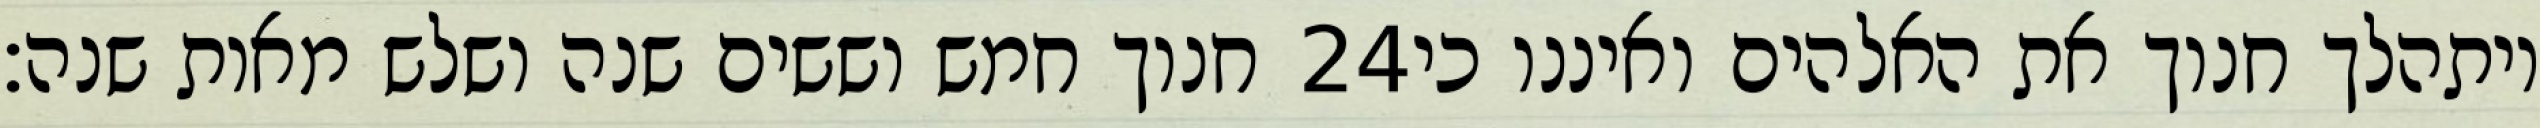
חנוך חמש וששים שנה ושלש מאות שנה׃ ‎24‏ ויתהלך חנוך את האלהים ואיננו כי